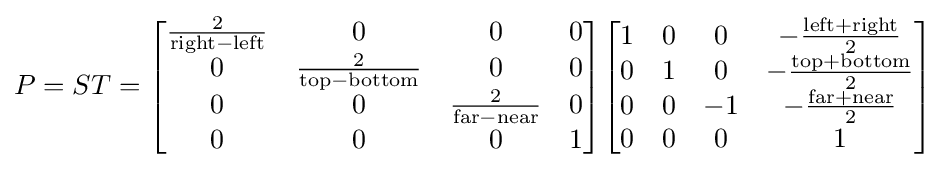
P=ST={\begin{bmatrix}{\frac {2}{{\text{right}}-{\text{left}}}}&0&0&0\\0&{\frac {2}{{\text{top}}-{\text{bottom}}}}&0&0\\0&0&{\frac {2}{{\text{far}}-{\text{near}}}}&0\\0&0&0&1\end{bmatrix}}{\begin{bmatrix}1&0&0&-{\frac {{\text{left}}+{\text{right}}}{2}}\\0&1&0&-{\frac {{\text{top}}+{\text{bottom}}}{2}}\\0&0&-1&-{\frac {{\text{far}}+{\text{near}}}{2}}\\0&0&0&1\end{bmatrix}}